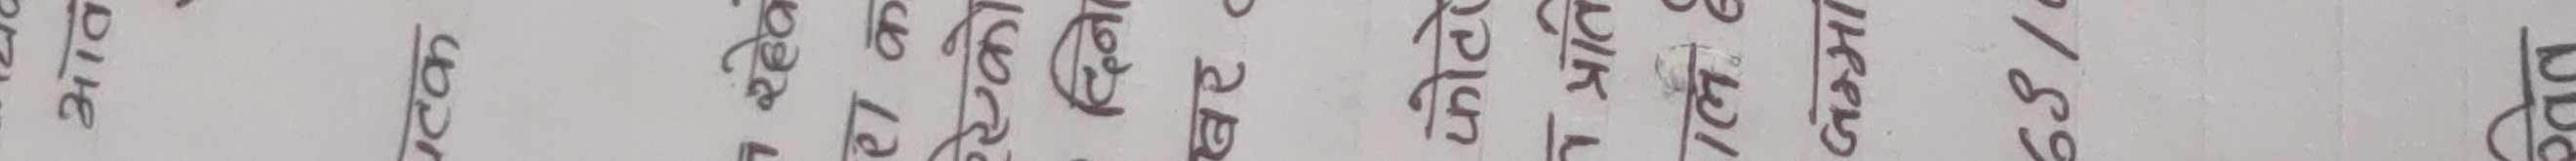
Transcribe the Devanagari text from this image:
पुर्णे असाध्य पर्छ रंग ले गरो पर्छ। दिइएका मा चाहिँ धेरै ठुला परस्पर चर्चित चित्रहरू छन्। ६३/७८ उदाहरण